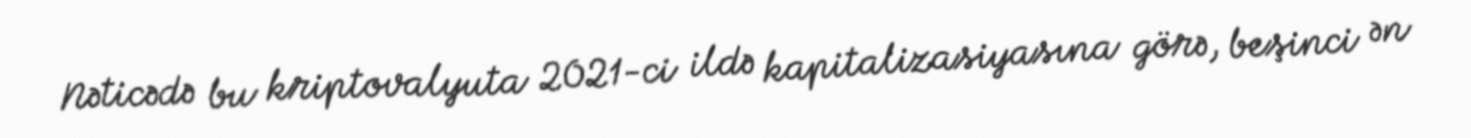
Nəticədə bu kriptovalyuta 2021-ci ildə kapitalizasiyasına görə, beşinci ən